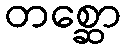
တစ္ဆော